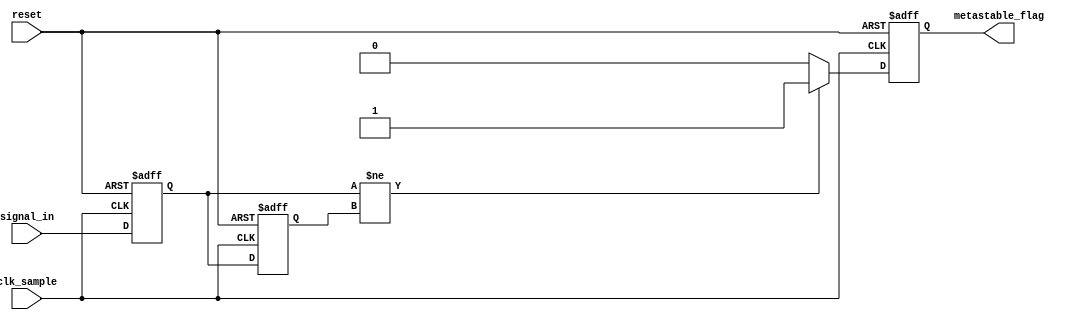
module metastability_detector (
    input wire clk_sample,        // Sampling clock
    input wire reset,             // Reset signal
    input wire signal_in,         // Input signal to monitor
    output reg metastable_flag     // Output flag for metastability detection
);

    // Internal signals for the two stages of flip-flops
    reg signal_reg1;              // Output of the first flip-flop
    reg signal_reg2;              // Output of the second flip-flop

    // Flip-flop stage 1: Capture the input signal
    always @(posedge clk_sample or posedge reset) begin
        if (reset) begin
            signal_reg1 <= 1'b0;   // Reset state
        end else begin
            signal_reg1 <= signal_in; // Sample input signal
        end
    end

    // Flip-flop stage 2: Capture the output of the first flip-flop
    always @(posedge clk_sample or posedge reset) begin
        if (reset) begin
            signal_reg2 <= 1'b0;   // Reset state
        end else begin
            signal_reg2 <= signal_reg1; // Sample output of first flip-flop
        end
    end

    // Metastability detection logic
    always @(posedge clk_sample or posedge reset) begin
        if (reset) begin
            metastable_flag <= 1'b0; // Reset flag
        end else begin
            // Check for metastability condition
            if (signal_reg1 != signal_reg2) begin
                metastable_flag <= 1'b1; // Indicate potential metastability
            end else begin
                metastable_flag <= 1'b0; // Clear flag if stable
            end
        end
    end

endmodule